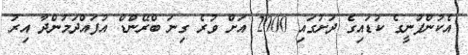
އެކުންފުނީގެ ކުޑައިގެ ދަށުގައި 2000 އަށް ވުރެ ގިނަ ބްރޭންޑް އުފައްދަމުންދާ އިރު